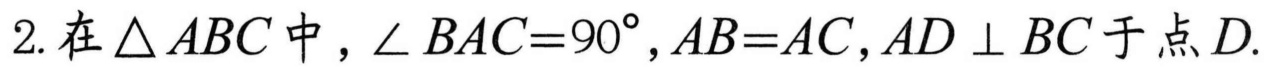
2. 在\(\triangle ABC\)中，\(\angle BAC = 90^{\circ},AB = AC,AD\perp BC\)于点\(D\).